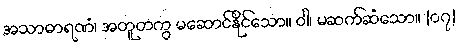
အသာဓာရဏံ၊ အတူတကွ မဆောင်နိုင်သော။ ဝါ၊ မဆက်ဆံသော။ {၀၇}